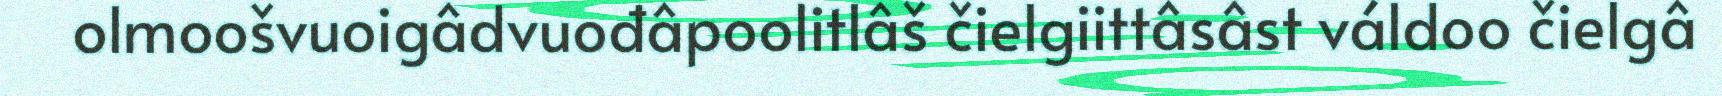
olmoošvuoigâdvuođâpoolitlâš čielgiittâsâst váldoo čielgâ